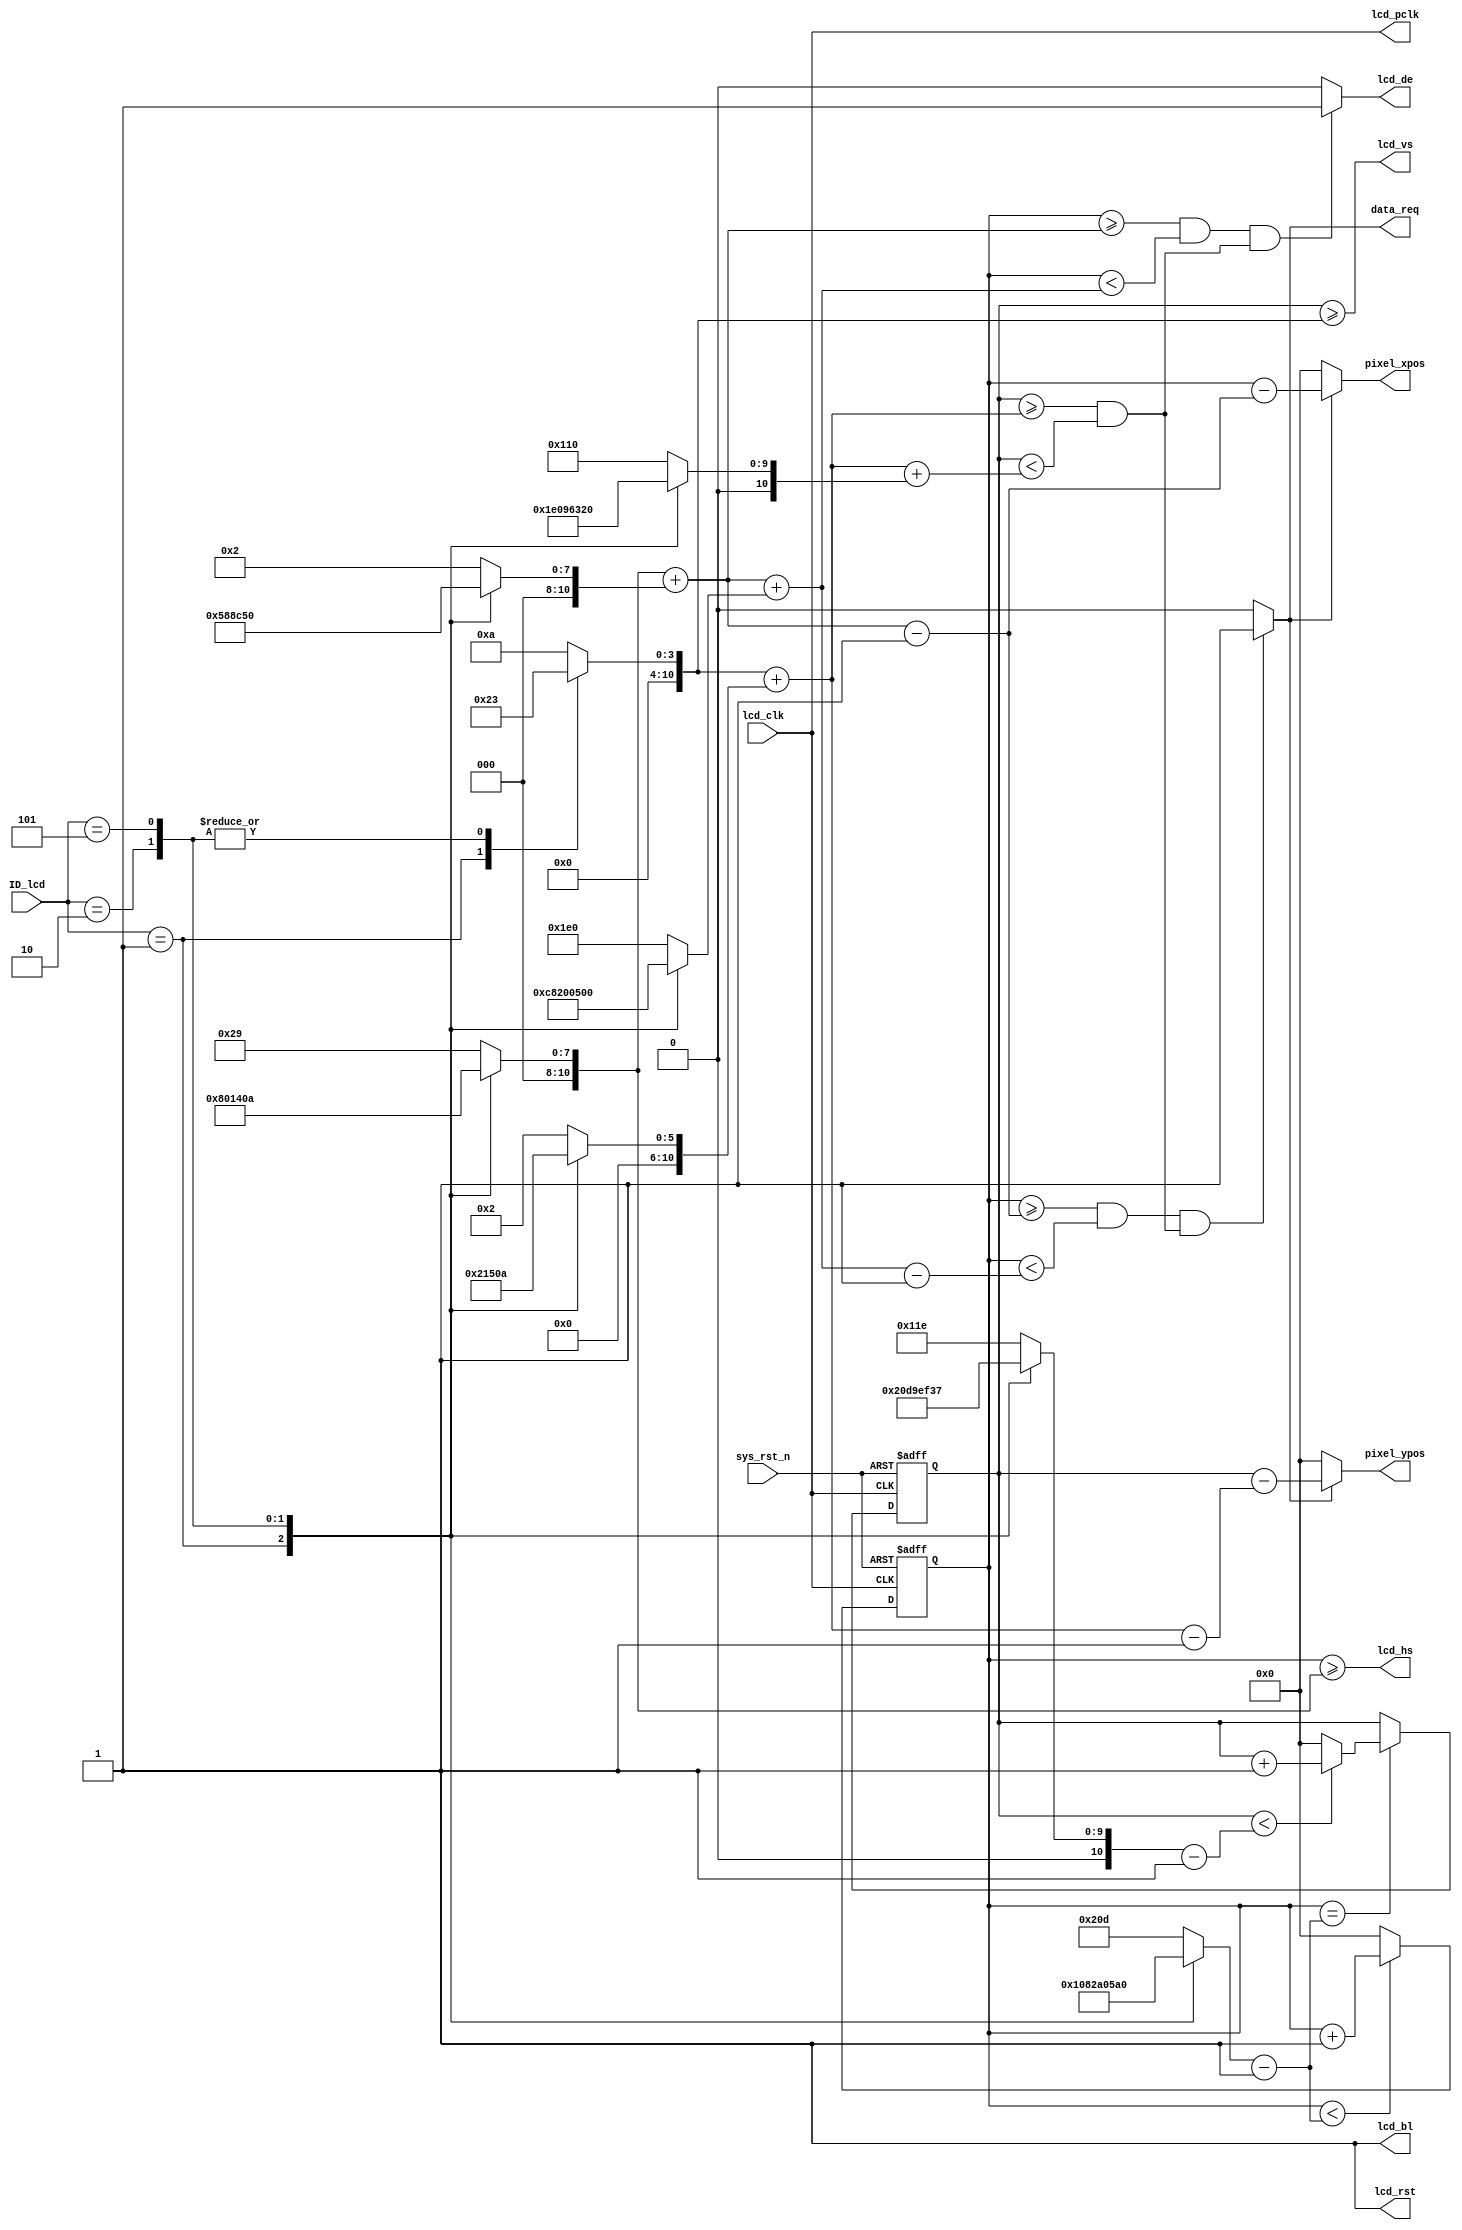
module lcd_driver(
    input              lcd_clk,      
    input              sys_rst_n,    
  
    output             lcd_hs,       
    output             lcd_vs,       
    output             lcd_de,       
    output             lcd_bl,       
    output             lcd_rst,      
    output             lcd_pclk,     

    output             data_req  ,   
    output     [10:0]  pixel_xpos,   
    output     [10:0]  pixel_ypos,   
    input      [15:0]  ID_lcd        
    );


parameter  H_SYNC_4342   =  11'd41;  
parameter  H_BACK_4342   =  11'd2;   
parameter  H_DISP_4342   =  11'd480; 
parameter  H_FRONT_4342  =  11'd2;   
parameter  H_TOTAL_4342  =  11'd525; 

parameter  V_SYNC_4342   =  11'd10;  
parameter  V_BACK_4342   =  11'd2;   
parameter  V_DISP_4342   =  11'd272; 
parameter  V_FRONT_4342  =  11'd2;   
parameter  V_TOTAL_4342  =  11'd286; 


parameter  H_SYNC_7084   =  11'd128; 
parameter  H_BACK_7084   =  11'd88;  
parameter  H_DISP_7084   =  11'd800; 
parameter  H_FRONT_7084  =  11'd40;  
parameter  H_TOTAL_7084  =  11'd1056;

parameter  V_SYNC_7084   =  11'd2;   
parameter  V_BACK_7084   =  11'd33;  
parameter  V_DISP_7084   =  11'd480; 
parameter  V_FRONT_7084  =  11'd10;  
parameter  V_TOTAL_7084  =  11'd525; 


parameter  H_SYNC_7016   =  11'd20;  
parameter  H_BACK_7016   =  11'd140; 
parameter  H_DISP_7016   =  11'd1024;
parameter  H_FRONT_7016  =  11'd160; 
parameter  H_TOTAL_7016  =  11'd1344;

parameter  V_SYNC_7016   =  11'd3;   
parameter  V_BACK_7016   =  11'd20;  
parameter  V_DISP_7016   =  11'd600; 
parameter  V_FRONT_7016  =  11'd12;  
parameter  V_TOTAL_7016  =  11'd635; 


parameter  H_SYNC_1018   =  11'd10;  
parameter  H_BACK_1018   =  11'd80;  
parameter  H_DISP_1018   =  11'd1280;
parameter  H_FRONT_1018  =  11'd70;  
parameter  H_TOTAL_1018  =  11'd1440;

parameter  V_SYNC_1018   =  11'd3;   
parameter  V_BACK_1018   =  11'd10;  
parameter  V_DISP_1018   =  11'd800; 
parameter  V_FRONT_1018  =  11'd10;  
parameter  V_TOTAL_1018  =  11'd823; 


parameter  ID_4342 =   0;
parameter  ID_7084 =   1;
parameter  ID_7016 =   2;
parameter  ID_1018 =   5;


reg  [10:0] cnt_h;
reg  [10:0] cnt_v;
reg  [10:0] h_sync ;
reg  [10:0] h_back ;
reg  [10:0] h_disp ;
reg  [10:0] h_total;
reg  [10:0] v_sync ;
reg  [10:0] v_back ;
reg  [10:0] v_disp ;
reg  [10:0] v_total;


wire       lcd_en;

assign lcd_bl   = 1'b1;           
assign lcd_rst  = 1'b1;           
assign lcd_pclk = lcd_clk;        


assign lcd_de  = lcd_en;          
assign lcd_hs  = cnt_h >= h_sync;
assign lcd_vs  = cnt_v >= v_sync;


assign lcd_en  = (((cnt_h >= h_sync+h_back) && (cnt_h < h_sync+h_back+h_disp))
                 &&((cnt_v >= v_sync+v_back) && (cnt_v < v_sync+v_back+v_disp)))
                 ?  1'b1 : 1'b0;


assign data_req = (((cnt_h >= h_sync+h_back-1'b1) && (cnt_h < h_sync+h_back+h_disp-1'b1))
                  && ((cnt_v >= v_sync+v_back) && (cnt_v < v_sync+v_back+v_disp)))
                  ?  1'b1 : 1'b0;


assign pixel_xpos = data_req ? (cnt_h - (h_sync + h_back - 1'b1)) : 11'd0;
assign pixel_ypos = data_req ? (cnt_v - (v_sync + v_back - 1'b1)) : 11'd0;


always @(*) begin
    case(ID_lcd)
    ID_4342 : begin
        h_sync  = H_SYNC_4342;
        h_back  = H_BACK_4342;
        h_disp  = H_DISP_4342;
        h_total = H_TOTAL_4342;
        v_sync  = V_SYNC_4342;
        v_back  = V_BACK_4342;
        v_disp  = V_DISP_4342;
        v_total = V_TOTAL_4342;
    end
    ID_7084 : begin
        h_sync  = H_SYNC_7084;
        h_back  = H_BACK_7084;
        h_disp  = H_DISP_7084;
        h_total = H_TOTAL_7084;
        v_sync  = V_SYNC_7084;
        v_back  = V_BACK_7084;
        v_disp  = V_DISP_7084;
        v_total = V_TOTAL_7084;
    end
    ID_7016 : begin
        h_sync  = H_SYNC_7016;
        h_back  = H_BACK_7016;
        h_disp  = H_DISP_7016;
        h_total = H_TOTAL_7016;
        v_sync  = V_SYNC_7016;
        v_back  = V_BACK_7016;
        v_disp  = V_DISP_7016;
        v_total = V_TOTAL_7016;
    end
    ID_1018 : begin
        h_sync  = H_SYNC_1018;
        h_back  = H_BACK_1018;
        h_disp  = H_DISP_1018;
        h_total = H_TOTAL_1018;
        v_sync  = V_SYNC_1018;
        v_back  = V_BACK_1018;
        v_disp  = V_DISP_1018;
        v_total = V_TOTAL_1018;
    end
    default : begin
        h_sync  = H_SYNC_4342;
        h_back  = H_BACK_4342;
        h_disp  = H_DISP_4342;
        h_total = H_TOTAL_4342;
        v_sync  = V_SYNC_4342;
        v_back  = V_BACK_4342;
        v_disp  = V_DISP_4342;
        v_total = V_TOTAL_4342;
    end
    endcase
end


always @(posedge lcd_clk or negedge sys_rst_n) begin
    if (!sys_rst_n)
        cnt_h <= 11'd0;
    else begin
        if(cnt_h < h_total - 1'b1)
            cnt_h <= cnt_h + 1'b1;
        else
            cnt_h <= 11'd0;
    end
end


always @(posedge lcd_clk or negedge sys_rst_n) begin
    if (!sys_rst_n)
        cnt_v <= 11'd0;
    else if(cnt_h == h_total - 1'b1) begin
        if(cnt_v < v_total - 1'b1)
            cnt_v <= cnt_v + 1'b1;
        else
            cnt_v <= 11'd0;
    end
end

endmodule